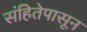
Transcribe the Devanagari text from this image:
संहितेपासून